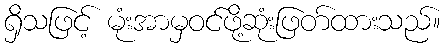
ရှိသဖြင့် မုံးအာမှဝင်ဖို့ဆုံးဖြတ်ထားသည်။